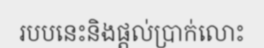
របបនេះនិងផ្តល់ប្រាក់លោះ